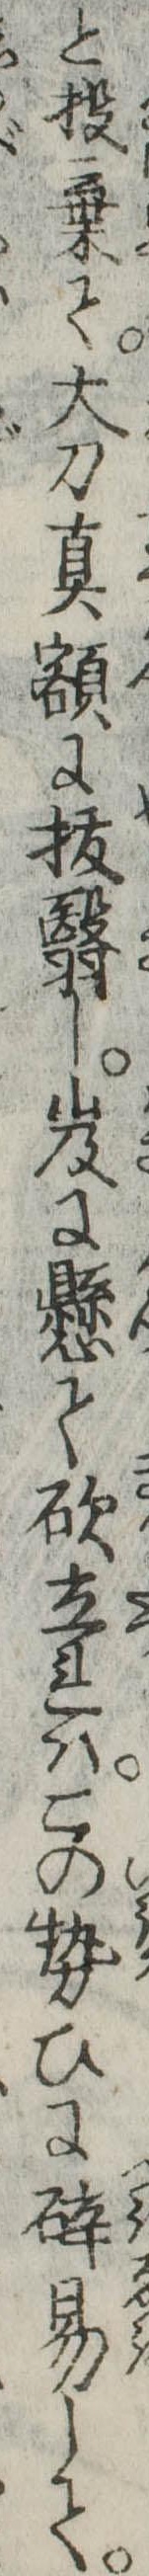
と投棄て大刀真額に抜翳し岌に懸て砍立れはこの勢ひに砕易して